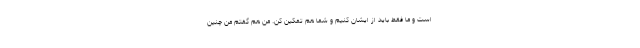
است و ما فقط باید از ایشان کنیم و شما هم تمکین کن. من هم گفتم من چنین